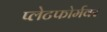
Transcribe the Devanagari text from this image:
प्लेटफोर्मवर